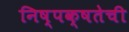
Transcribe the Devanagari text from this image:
निष्‍पक्षतेची